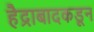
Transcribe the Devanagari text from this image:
हैद्राबादकडून